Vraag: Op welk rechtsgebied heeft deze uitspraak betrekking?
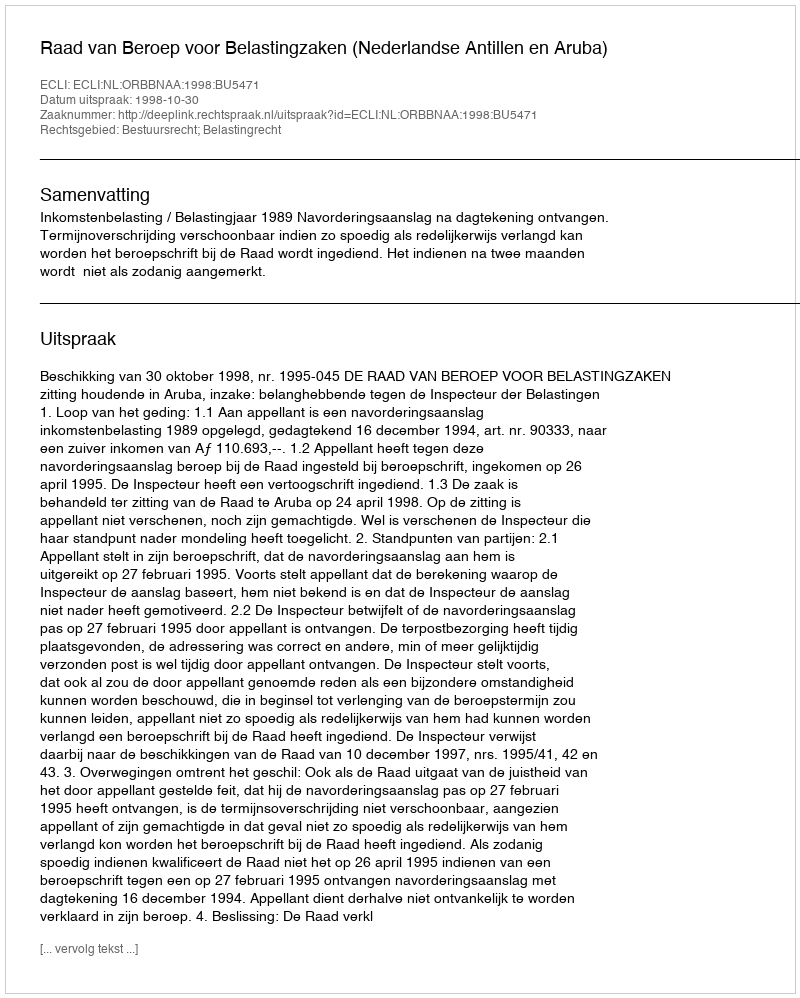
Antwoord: Bestuursrecht; Belastingrecht